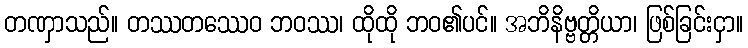
တဏှာသည်။ တဿတဿေဝ ဘဝဿ၊ ထိုထို ဘဝ၏ပင်။ အဘိနိဗ္ဗတ္တိယာ၊ ဖြစ်ခြင်းငှာ။